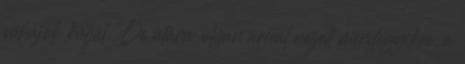
sóhajok kútját. De utána olyan arccal nézett mindegyikre, a